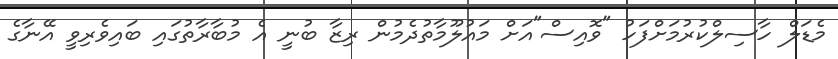
މެޑަލް ހާސިލްކުރުމަށްފަހު "ވޮއިސް"އަށް މައުލޫމާތުދެމުން ރިޒާ ބުނީ އެ މުބާރާތުގައި ބައިވެރިވީ އޭނާގެ